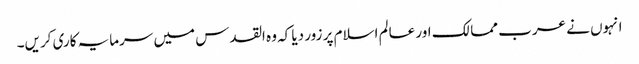
انہوں نے عرب ممالک اور عالم اسلام پر زور دیا کہ وہ القدس میں سرمایہ کاری کریں۔